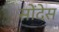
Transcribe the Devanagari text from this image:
सोंदेस